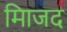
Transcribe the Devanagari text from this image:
मािजद